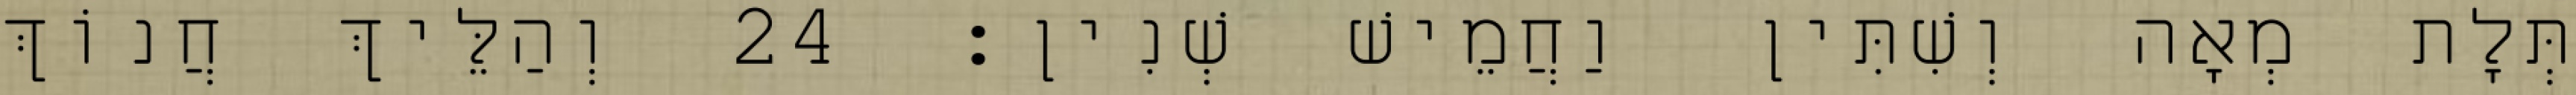
תְּלָת מְאָה וְשִׁתִּין וַחֲמֵישׁ שְׁנִין׃ 24 וְהַלֵּיךְ חֲנוֹךְ